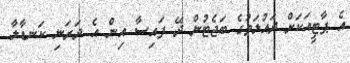
އެ ޕާޓީއަކަށް ދައުލަތުގެ ބަޖެޓުން ދޭ ފައިސާ އިން އެ ދަރަނި ކަނޑާލާ